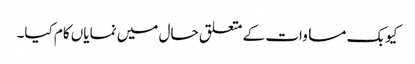
کیوبک مساوات کے متعلق حال میں نمایاں کام کیا۔